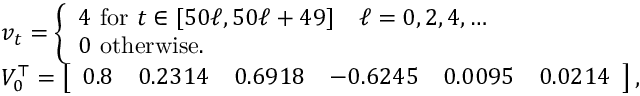
\begin{array} { r l } & { v _ { t } = \left\{ \begin{array} { l l } { 4 \mathrm { ~ f o r ~ } t \in [ 5 0 \ell , 5 0 \ell + 4 9 ] \quad \ell = 0 , 2 , 4 , \ldots } \\ { 0 \mathrm { ~ o t h e r w i s e } . } \end{array} \right. } \\ & { V _ { 0 } ^ { \top } = \left[ \begin{array} { l l l l l l } { 0 . 8 } & { 0 . 2 3 1 4 } & { 0 . 6 9 1 8 } & { - 0 . 6 2 4 5 } & { 0 . 0 0 9 5 } & { 0 . 0 2 1 4 } \end{array} \right] , } \end{array}